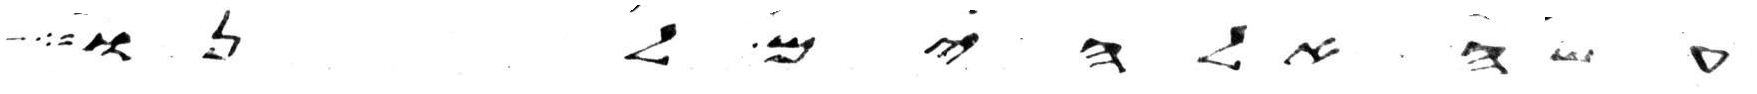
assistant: עשה אלהים לנו